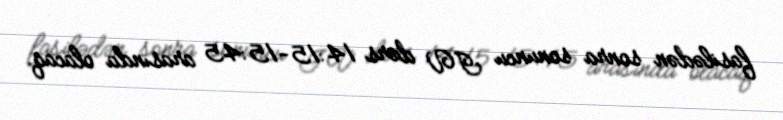
fasilədən sonra sonuncu IV dərs 14:15-15:45 arasında olacaq.